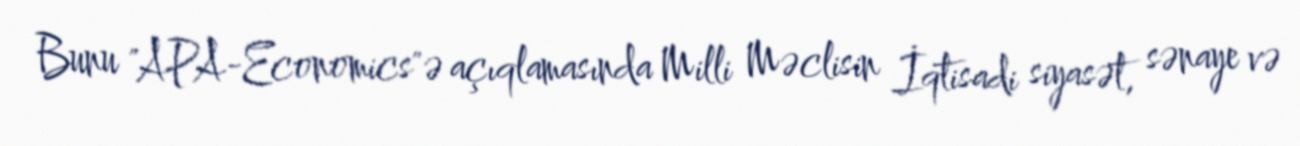
Bunu "APA-Economics"ə açıqlamasında Milli Məclisin İqtisadi siyasət, sənaye və